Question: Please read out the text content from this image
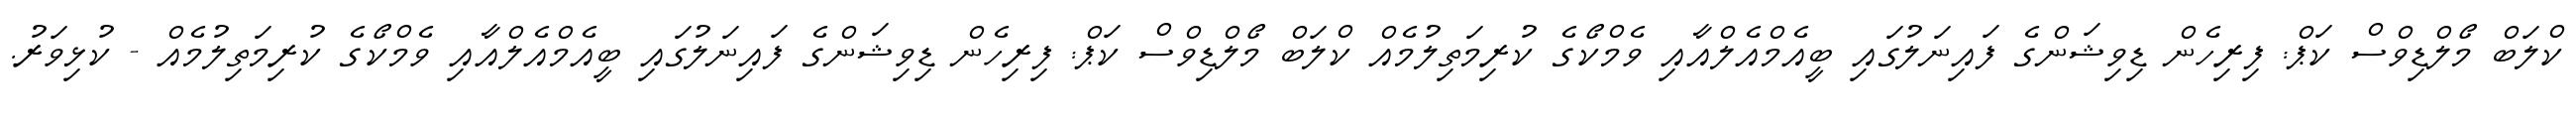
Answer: ކްލަބް މޯލްޑިވްސް ކަޕް: ފިރިހެން ޑިވިޝަންގެ ފައިނަލުގައި ބީއެމްއެލްއާއި ވެމްކޯގެ ކުރިމަތިލުމެއް ކްލަބް މޯލްޑިވްސް ކަޕް: ފިރިހެން ޑިވިޝަންގެ ފައިނަލުގައި ބީއެމްއެލްއާއި ވެމްކޯގެ ކުރިމަތިލުމެއް - ކުޅިވަރު.